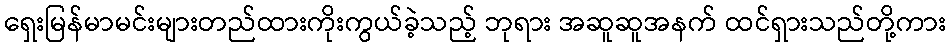
ရှေးမြန်မာမင်းများတည်ထားကိုးကွယ်ခဲ့သည့် ဘုရား အဆူဆူအနက် ထင်ရှားသည်တို့ကား